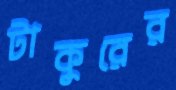
টাকুরের